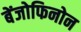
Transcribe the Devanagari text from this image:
बेंजोफिनोन